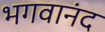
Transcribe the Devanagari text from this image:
भगवानंद